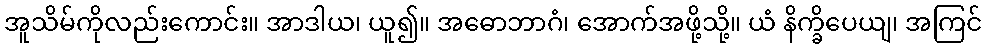
အူသိမ်ကိုလည်းကောင်း။ အာဒါယ၊ ယူ၍။ အဓောဘာဂံ၊ အောက်အဖို့သို့။ ယံ နိက္ခိပေယျ၊ အကြင်